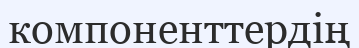
компоненттердің